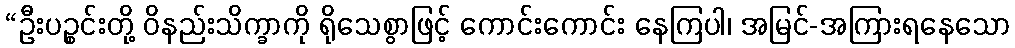
“ဦးပဉ္စင်းတို့ ဝိနည်းသိက္ခာကို ရိုသေစွာဖြင့် ကောင်းကောင်း နေကြပါ၊ အမြင်-အကြားရနေသော